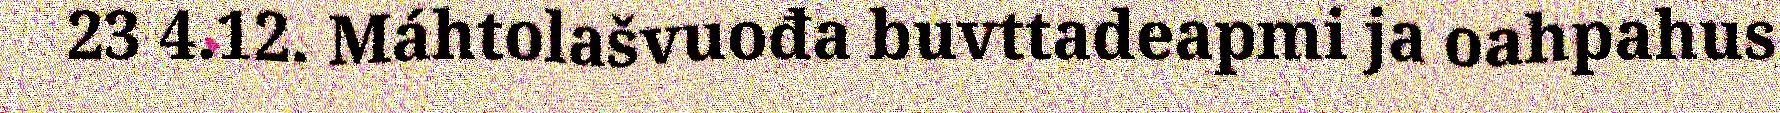
23 4.12. Máhtolašvuođa buvttadeapmi ja oahpahus